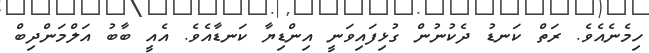
ހިމެނެއެވެ. ރަތް ކަނޑު ދެކުނުން ގުޅިފައިވަނީ އިންޑިޔާ ކަނޑާއެވެ. އެއީ ބާބު އަލްމަންދިބް